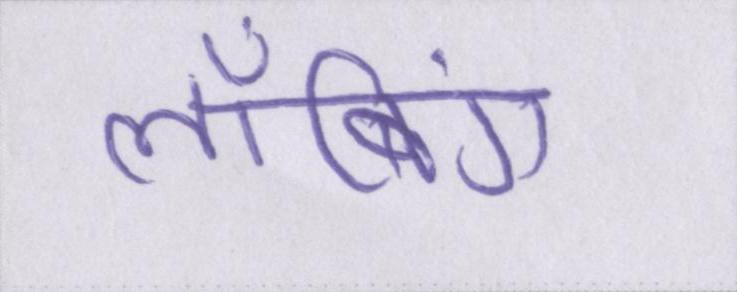
लॉबिंग